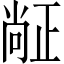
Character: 𬆅